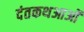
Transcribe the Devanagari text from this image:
दंतकथआओं